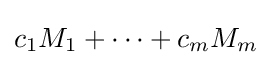
c_{1}M_{1}+\cdots +c_{m}M_{m}